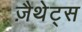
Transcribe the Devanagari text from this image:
ज़ैथेट्स